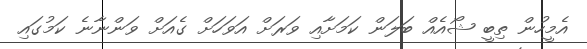
އެމީހުން ތިބީ ޝޯއެއް ބަލަން ކަމަށާއި ވަރަށް އަވަހަށް ގެއަށް ވަންނާނެ ކަމުގައި